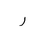
Letter: _ra